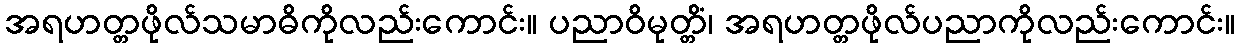
အရဟတ္တဖိုလ်သမာဓိကိုလည်းကောင်း။ ပညာဝိမုတ္တိံ၊ အရဟတ္တဖိုလ်ပညာကိုလည်းကောင်း။